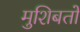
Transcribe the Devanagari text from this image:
मुशिबतों